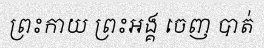
ព្រះកាយ ព្រះអង្គ ចេញ បាត់